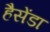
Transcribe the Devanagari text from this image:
हैसेंडा